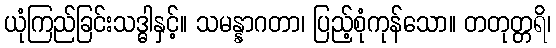
ယုံကြည်ခြင်းသဒ္ဓါနှင့်။ သမန္နာဂတာ၊ ပြည့်စုံကုန်သော။ တတုတ္တရိ၊